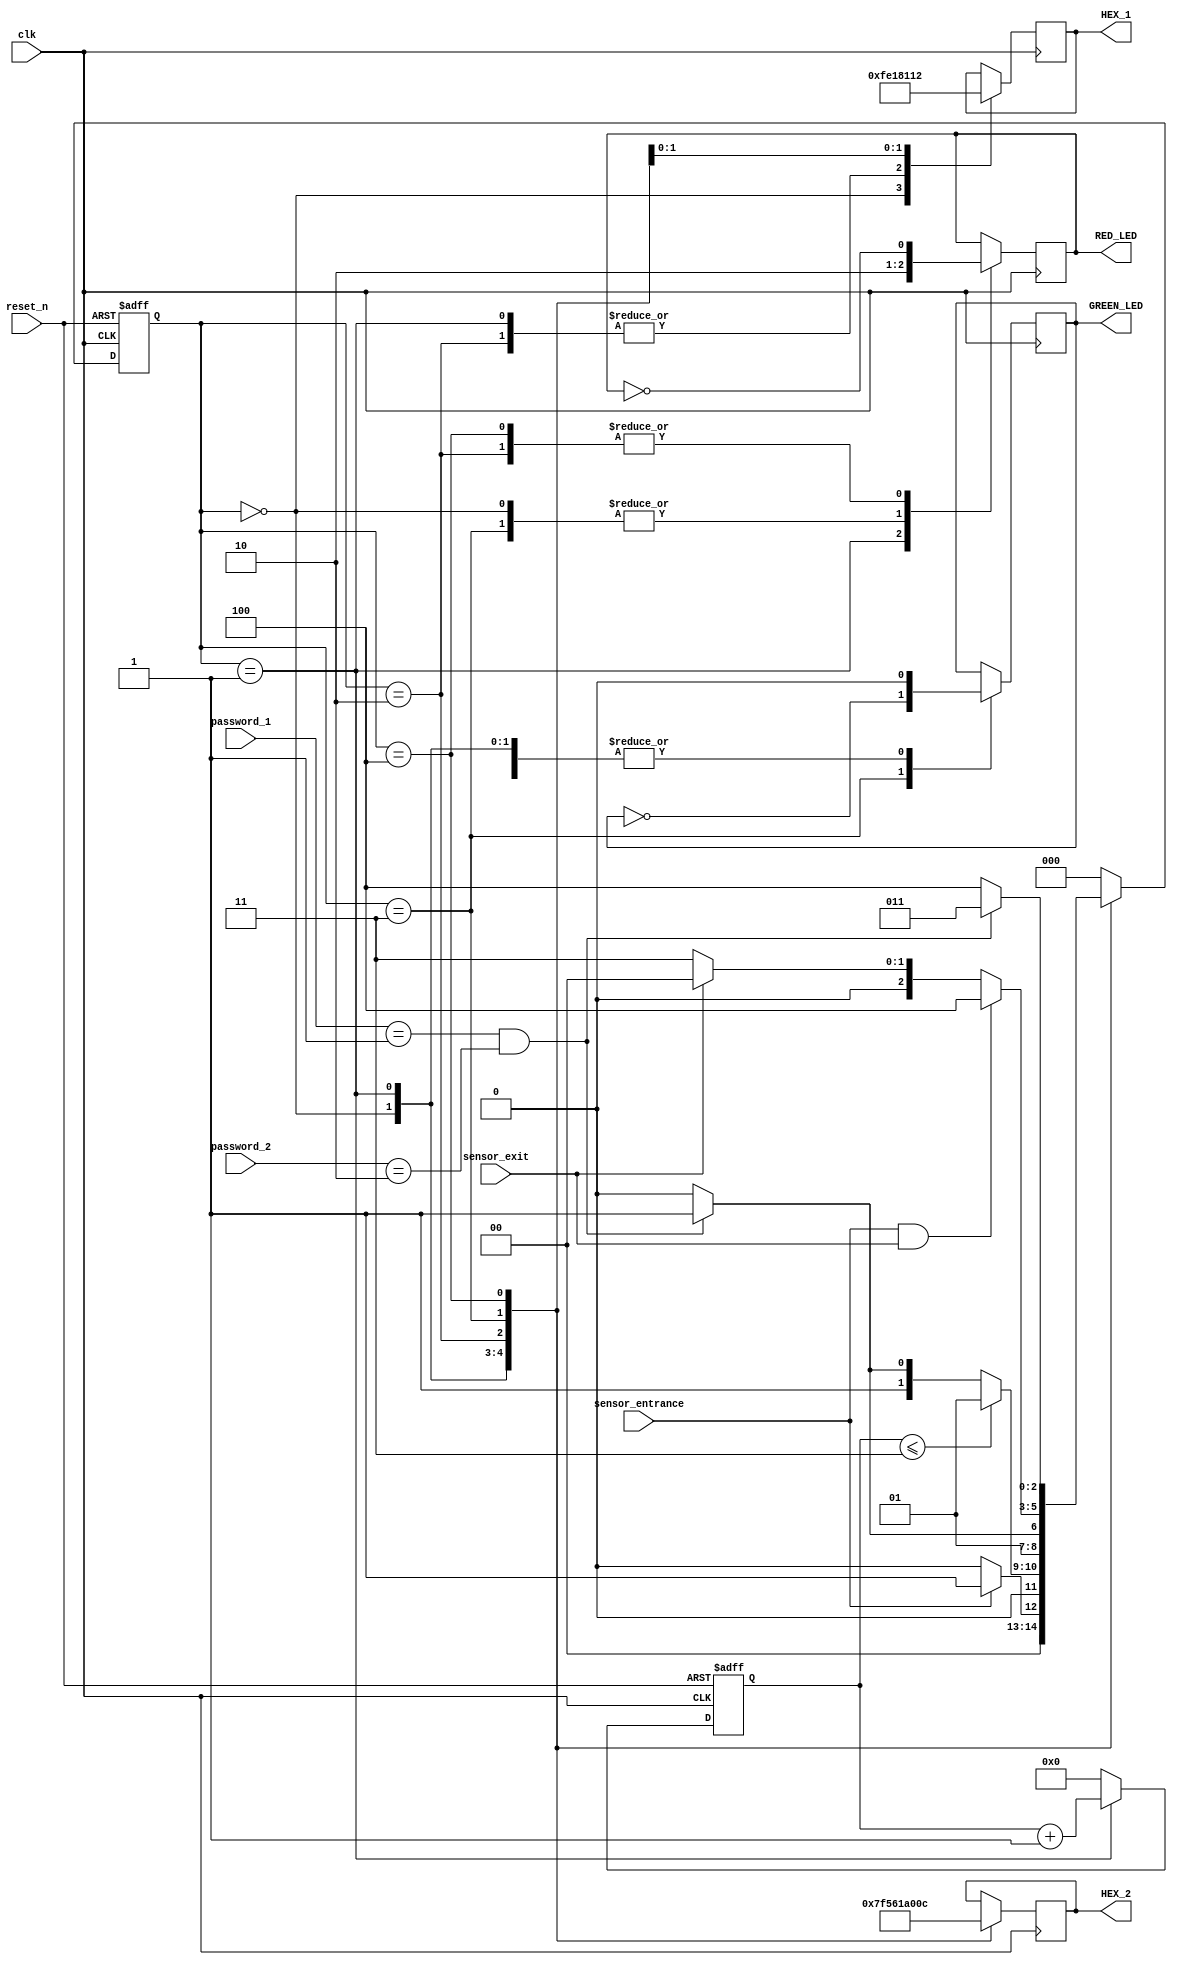
module park(
input clk,reset_n,
input sensor_entrance,sensor_exit,
input [1:0] password_1,password_2,
output wire GREEN_LED,RED_LED,
output reg [6:0] HEX_1, HEX_2
);
parameter IDLE = 3'b000, WAIT_PASSWORD = 3'b001, WRONG_PASS = 3'b010, RIGHT_PASS = 3'b011, STOP = 3'b100;
reg[2:0] current_state,next_state;
reg[31:0] counter_wait;
reg red_tmp,green_tmp;
//next state
always @(posedge clk or negedge reset_n)
begin
if(~reset_n)
current_state = IDLE;
else
current_state = next_state;
end
//counter_wait
always @(posedge clk or negedge reset_n)
begin
if(~reset_n)
counter_wait <= 0;
else if(current_state==WAIT_PASSWORD)
counter_wait <= counter_wait + 1;
else
counter_wait <= 0;
end
//change state
always @(*)
begin
case(current_state)
IDLE: begin
if(sensor_entrance == 1)
next_state = WAIT_PASSWORD;
else
next_state = IDLE;
end
WAIT_PASSWORD: begin
if(counter_wait <= 3)
next_state = WAIT_PASSWORD;
else
begin
if((password_1==2'b01)&&(password_2==2'b10))
next_state = RIGHT_PASS;
else
next_state = WRONG_PASS;
end
end
WRONG_PASS: begin
if((password_1==2'b01)&&(password_2==2'b10))
next_state = RIGHT_PASS;
else
next_state = WRONG_PASS;
end
RIGHT_PASS:begin
if(sensor_entrance==1 && sensor_exit ==1)
next_state = STOP;
else if(sensor_exit == 1)
next_state = IDLE;
else
next_state = RIGHT_PASS;
end
STOP: begin
if((password_1==2'b01)&&(password_2==2'b10))
next_state = RIGHT_PASS;
else
next_state = STOP;
end
default: next_state = IDLE; 
endcase
end
//leds n outputs
always @(posedge clk)
begin
case(current_state)
IDLE: begin
green_tmp = 1'b0;
red_tmp = 1'b0;
HEX_1 = 7'b1111111; //off
HEX_2 = 7'b1111111; //off
end
WAIT_PASSWORD: begin
green_tmp = 1'b0;
red_tmp = 1'b1;
HEX_1 = 7'b000_0110; //E
HEX_2 = 7'b010_1011; //n
end
WRONG_PASS: begin
green_tmp = 1'b0;
red_tmp = ~red_tmp;
HEX_1 = 7'b000_0110; //E
HEX_2 = 7'b000_0110; //E
end
RIGHT_PASS: begin
green_tmp = ~green_tmp;
red_tmp = 1'b0;
HEX_1 = 7'b000_0010; //6
HEX_2 = 7'b100_0000; //0
end
STOP: begin
green_tmp = 1'b0;
red_tmp = ~red_tmp;
HEX_1 = 7'b001_0010; //5
HEX_2 = 7'b000_1100; //P
end
endcase
end
assign RED_LED = red_tmp;
assign GREEN_LED = green_tmp;
endmodule